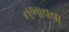
નભાવવા